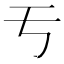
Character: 亐